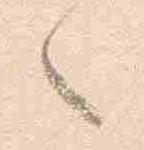
々